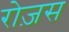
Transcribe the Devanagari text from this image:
रोज़स